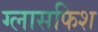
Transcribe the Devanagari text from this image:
ग्लासफिश